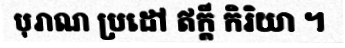
បុរាណ ប្រដៅ ឥក្តី កិរិយា ។